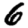
Digit: 6